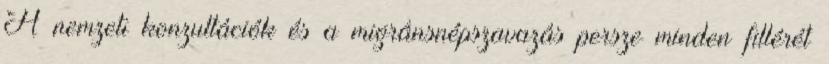
A nemzeti konzultációk és a migránsnépszavazás persze minden fillérét